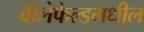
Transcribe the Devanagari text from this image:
बीलेफेल्डमधील